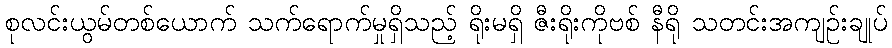
စုလင်းယွမ်တစ်ယောက် သက်ရောက်မှုရှိသည့် ရိုးမရှိ ဇီးရိုးကိုဗစ် နီရို သတင်းအကျဉ်းချုပ်